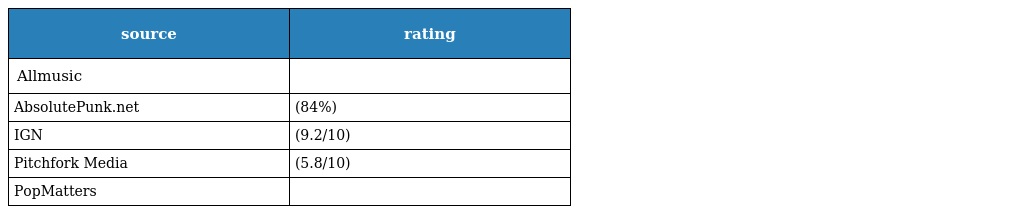
| source | rating |
 | --- | --- |
 | Allmusic |  |
 | AbsolutePunk.net | (84%) |
 | IGN | (9.2/10) |
 | Pitchfork Media | (5.8/10) |
 | PopMatters |  |